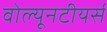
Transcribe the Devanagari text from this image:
वोल्यूनटीयर्स